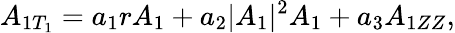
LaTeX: A_{1T_{1}}=a_{1}rA_{1}+a_{2}|A_{1}|^{2}A_{1}+a_{3}A_{1ZZ},